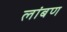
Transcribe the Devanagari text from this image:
लांबण